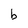
Character: b